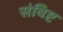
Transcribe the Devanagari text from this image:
संविष्ट